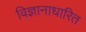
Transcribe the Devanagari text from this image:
विज्ञानाधारित